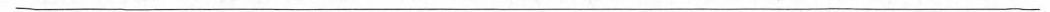
___